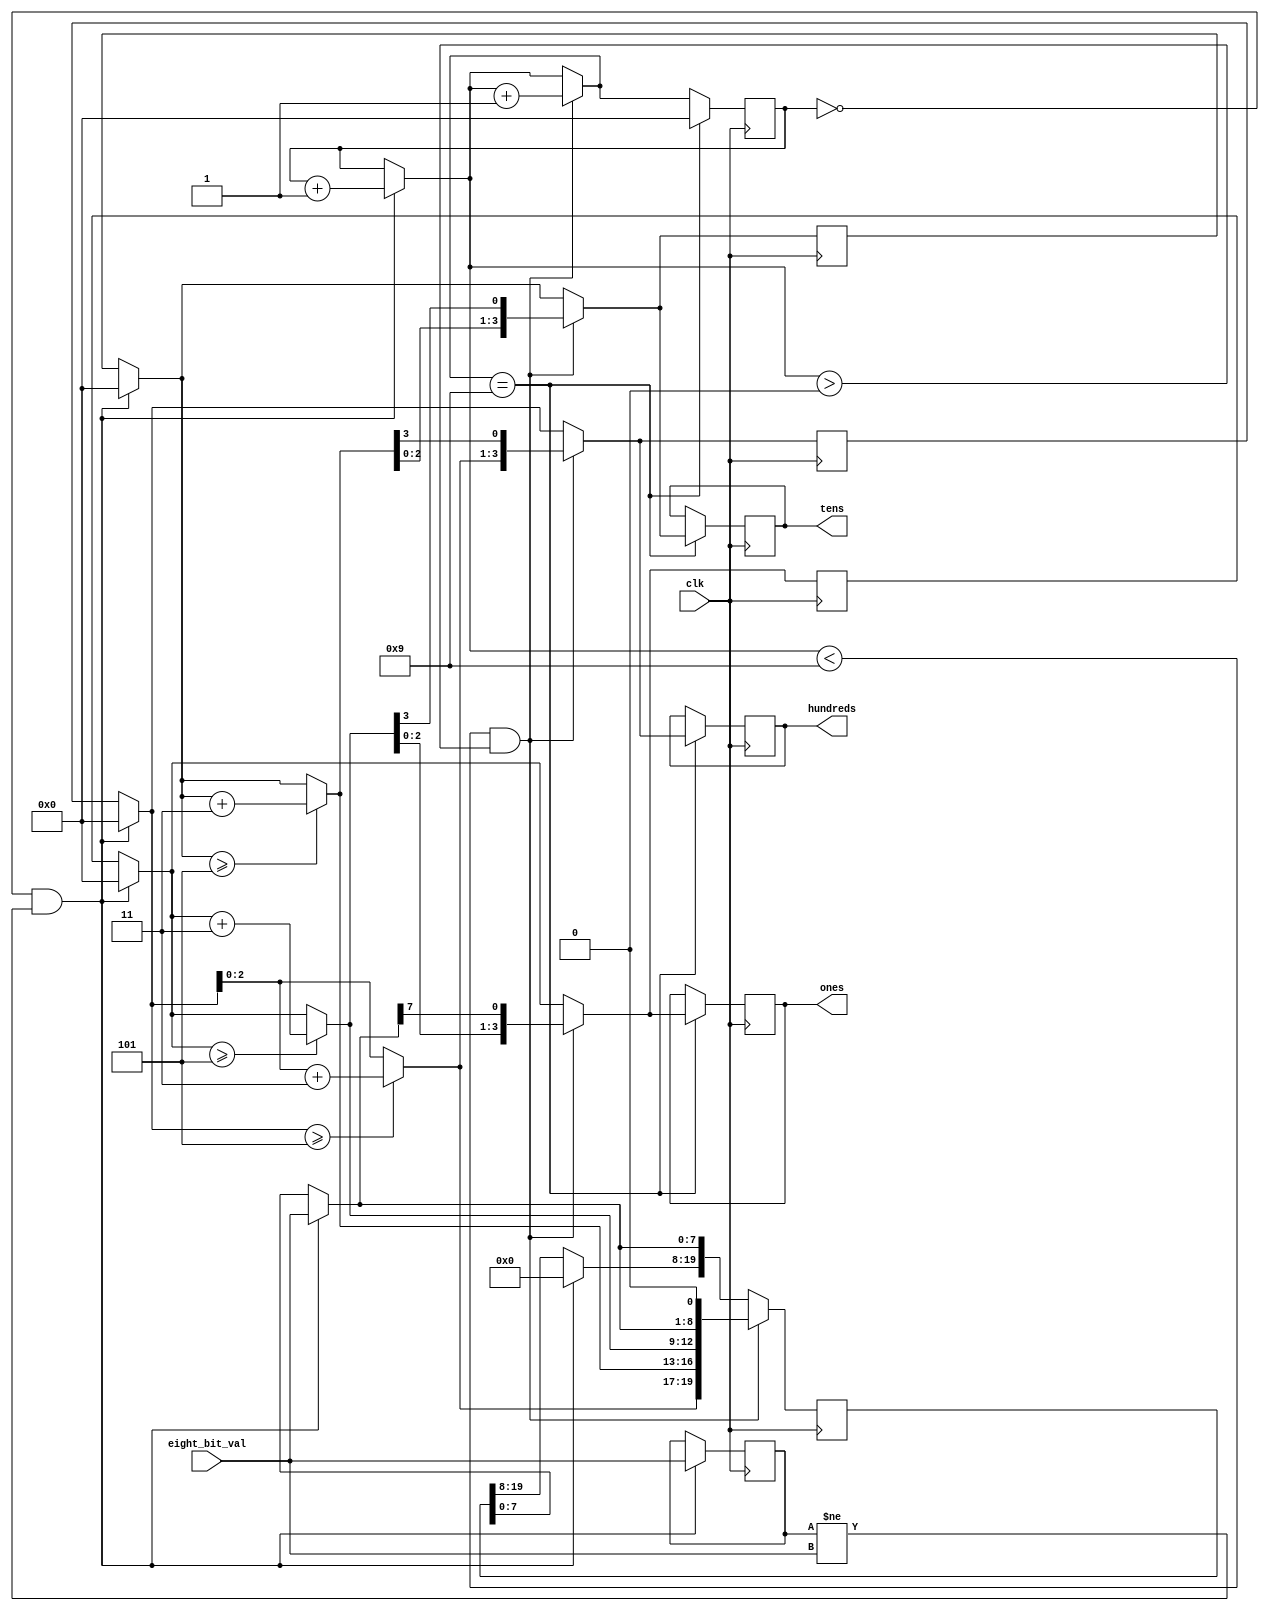
`timescale 1ns / 1ps
//////////////////////////////////////////////////////////////////////////////////
// Company: 
// Engineer: 
// 
// Design Name: 
// Module Name: bin_to_bcd
// Project Name: 
// Target Devices: 
// Tool Versions: 
// Description: 
// 
// Dependencies: 
// 
// Revision:
// Revision 0.01 - File Created
// Additional Comments:
// 
//////////////////////////////////////////////////////////////////////////////////


module bin_to_bcd(
    input clk,
    input [7:0] eight_bit_val,
    output reg [3:0] ones = 0,
    output reg [3:0] tens = 0,
    output reg [3:0] hundreds = 0
    );
     
reg [3:0] i = 0;
reg [19:0] shift_reg = 0;

reg [3:0] temp_ones = 0;
reg [3:0] temp_tens = 0;
reg [3:0] temp_hundreds = 0;

reg [7:0] prev_eight_bit_val = 0;

always @(posedge clk) begin
    if (i == 0 & (prev_eight_bit_val != eight_bit_val)) begin
        shift_reg = 20'd0;
        
        prev_eight_bit_val = eight_bit_val;
        
        shift_reg[7:0] = eight_bit_val;
        
        temp_ones = shift_reg[11:8];
        temp_tens = shift_reg[15:12];
        temp_hundreds = shift_reg[19:16];
        i = i + 1;
    end
    if (i < 9 & i > 0) begin
        if (temp_ones >= 5) 
            temp_ones = temp_ones + 3;
        if (temp_tens >= 5)
            temp_tens = temp_tens + 3;
        if (temp_hundreds >= 5)
            temp_hundreds = temp_hundreds + 3;
            
        shift_reg [19:8] = {temp_hundreds, temp_tens, temp_ones};
        
        shift_reg = shift_reg << 1;
        
        temp_ones = shift_reg [11:8];
        temp_tens = shift_reg [15:12];
        temp_hundreds = shift_reg [19:16];
        i = i + 1;
    end
    if (i == 9) begin
        i = 0;
        
        ones = temp_ones;
        tens = temp_tens;
        hundreds = temp_hundreds;
    end
end
endmodule